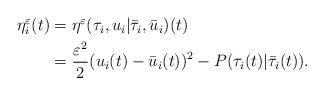
LaTeX: \begin{align*} \begin{aligned} \eta_i^\varepsilon(t)&=\eta^\varepsilon(\tau_i, u_i| \bar \tau_i, \bar u_i)(t)\\ &=\dfrac{\varepsilon^2}{2}(u_i(t)-\bar u_i(t))^2 - P(\tau_i(t)|\bar \tau_i(t)). \end{aligned}\end{align*}